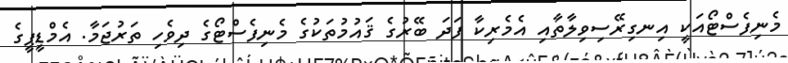
މެނިފެސްޓޯއަކީ އިނގިރޭސިވިލާތާއި އެމެރިކާ ފަދަ ބޭރުގެ ޤައުމުތަކުގެ މެނިފެސްޓޯގެ ދިވެހި ތަރުޖަމާ. އެމްޑީޕީގެ